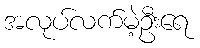
အလုပ်လက်မဲ့ဦးရေ